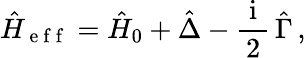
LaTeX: \hat{H}_{\mathrm{~e~f~f~}}=\hat{H}_{0}+\hat{\Delta}-\frac{\mathrm{~i~}}{2}\, \hat{\Gamma}\, ,